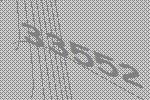
33552